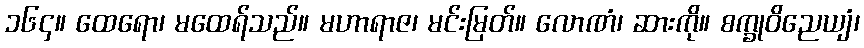
၁၆၄။ ထေရော၊ မထေရ်သည်။ မဟာရာဇ၊ မင်းမြတ်။ လောဏံ၊ ဆားကို။ စက္ခုဝိညေယျံ၊